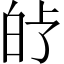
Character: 𤽗